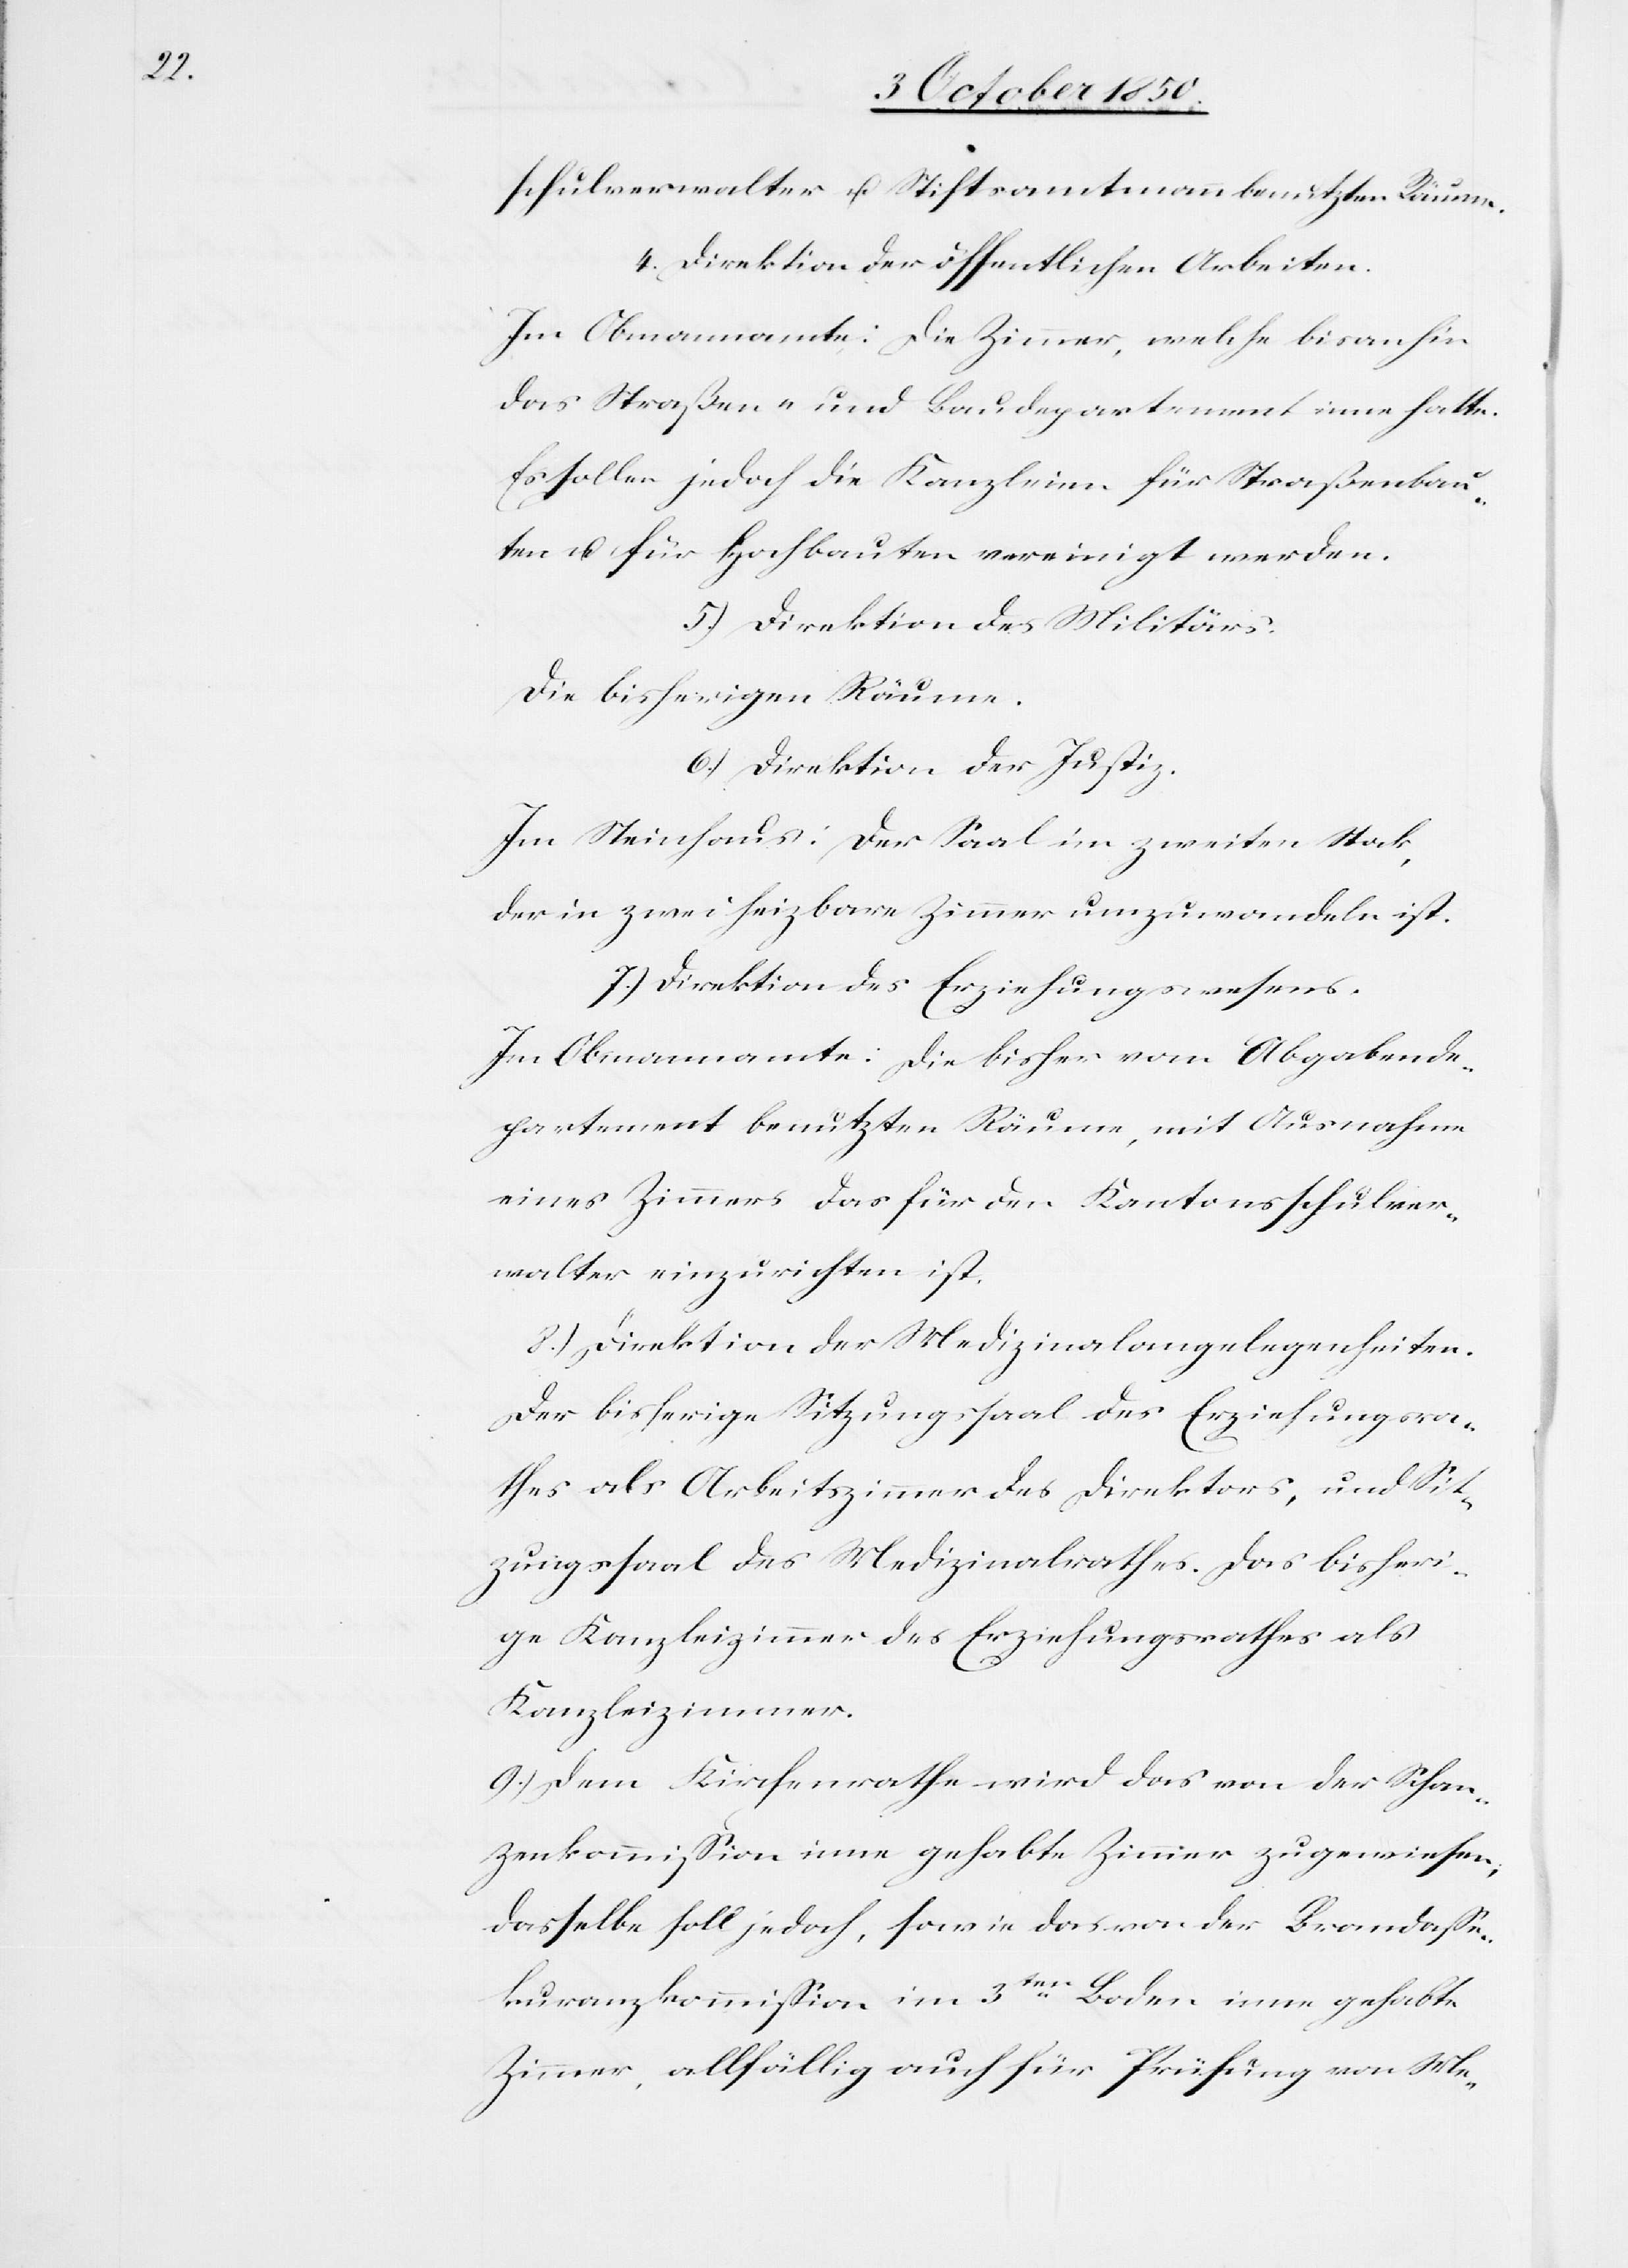
schulverwalter u. Stiftsamtmann benutzten Räume.
4.) Direktion der öffentlichen Arbeiten.
Im Obmannamte: Die Zimmer, welche bisanhin
das Straßen- und Baudepartement inne hatte.
Es sollen jedoch die Kanzleien für Straßenbau¬
ten u. für Hochbauten vereinigt werden.
5.) Direktion des Militärs.
Die bisherigen Räume.
6.) Direktion der Justiz.
Im Steinhaus: Der Saal im zweiten Stock,
der in zwei heizbare Zimmer umzuwandeln ist.
7.) Direktion des Erziehungswesens.
Im Obmannamte: Die bisher vom Abgabende¬
partement benutzten Räume, mit Ausnahme
eines Zimmers das für den Kantonsschulver¬
walter einzurichten ist.
8.) Direktion der Medizinalangelegenheiten.
Der bisherige Sitzungssaal des Erziehungsra¬
thes als Arbeitszimmer des Direktors, und Sit¬
zungssaal des Medizinalrathes. Das bisheri¬
ge Kanzleizimmer der Erziehungsrathes als
Kanzleizimmer.
9.) Dem Kirchenrathe wird das von der Schan¬
zenkommission inne gehabte Zimmer zugewiesen,
dasselbe soll jedoch, sowie das von der Brandasse¬
kuranzkommission im 3ten Boden inne gehabte
Zimmer, allfällig auch für Prüfung von Me-